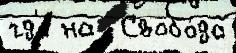
гд'е на  Свобо́да